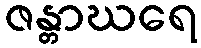
ဇန္တာဃရေ